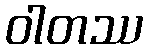
ဝါတဿ